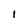
Character: i